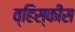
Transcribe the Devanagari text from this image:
व्हिस्कीस